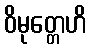
ဝိမုတ္တေဟိ